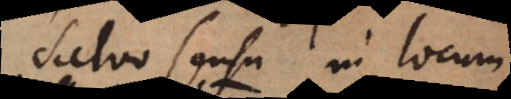
salvo sensu in locum